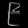
Digit: ၉